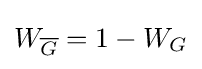
W_{\overline {G}}=1-W_{G}